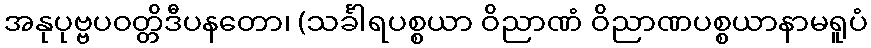
အနုပုဗ္ဗပဝတ္တိဒီပနတော၊ (သင်္ခါရပစ္စယာ ဝိညာဏံ ဝိညာဏပစ္စယာနာမရူပံ